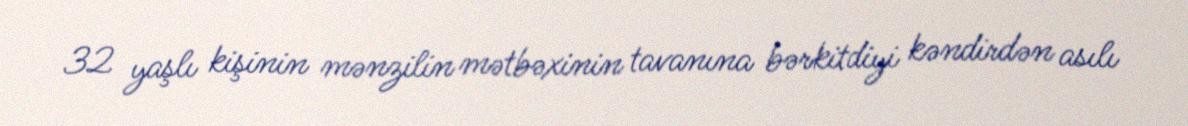
32 yaşlı kişinin mənzilin mətbəxinin tavanına bərkitdiyi kəndirdən asılı